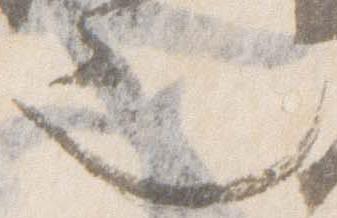
也